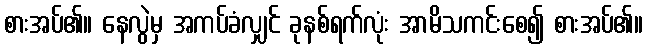
စားအပ်၏။ နေလွဲမှ အကပ်ခံလျှင် ခုနစ်ရက်လုံး အာမိသကင်းစေ၍ စားအပ်၏။